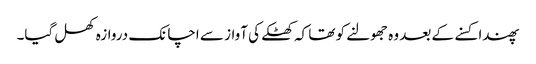
پھندا کسنے کے بعد وہ جھولنے کو تھا کہ کھٹکے کی آواز سے اچانک دروازہ کھل گیا۔